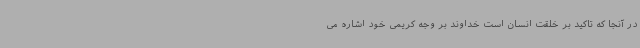
در آنجا که تاکید بر خلقت انسان است خداوند بر وجه کریمی خود اشاره می